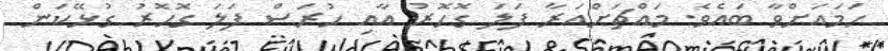
ހަމައަށްވާ ބައެވެ. މައްޗަށްއަރާ ފަލަ ގޮހޮރު އާއި ހުރަސް ފަލަ ގޮހޮރު ގުޅޭކަން